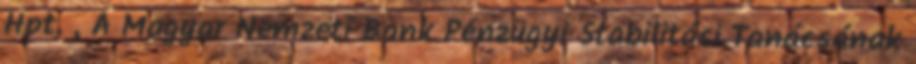
Hpt. , A Magyar Nemzeti Bank Pénzügyi Stabilitási Tanácsának